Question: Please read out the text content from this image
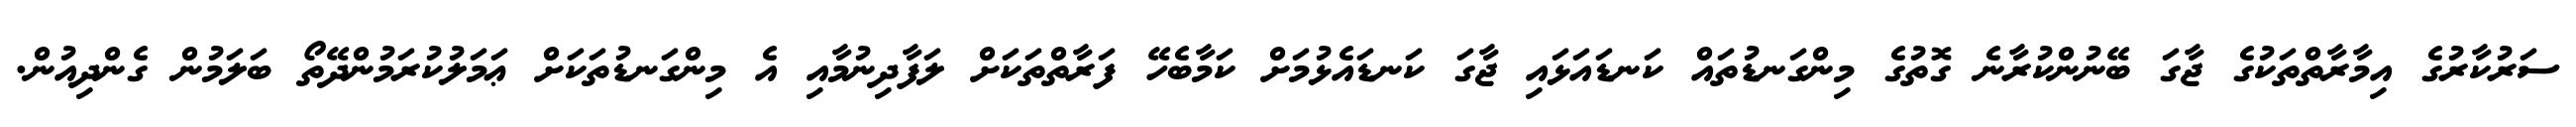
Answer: ސަރުކާރުގެ އިމާރާތްތަކުގެ ޖާގަ ބޭނުންކުރާނެ ގޮތުގެ މިންގަނޑުތައް ކަނޑައަޅައި ޖާގަ ކަނޑައެޅުމަށް ކަމާބެހޭ ފަރާތްތަކަށް ލަފާދިނުމާއި އެ މިންގަނޑުތަކަށް ޢަމަލުކުރަމުންދޭތޯ ބަލަމުން ގެންދިއުން.